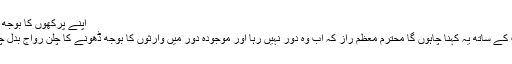
اپنے پرکھوں کا بوجھ ڈھو لینا
معذرت کے ساتھ یہ کہنا چاہوں گا محترم معظم راز کہ اب وہ دور نہیں رہا اور موجودہ دور میں وارثوں کا بوجھ ڈھونے کا چلن رواج بدل چکا ہے۔